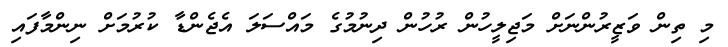
މި ތިން ވަޒީރުންނަށް މަޖިލީހުން ރުހުން ދިނުމުގެ މައްސަލަ އެޖެންޑާ ކުރުމަށް ނިންމާފައި